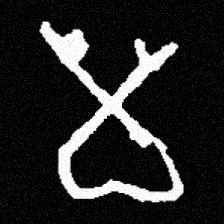
Pyu character \u2014 Myanmar letter: မ (romanized: ma)